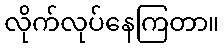
လိုက်လုပ်နေကြတာ။